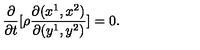
\frac { \partial } { \partial t } [ \rho \frac { \partial ( x ^ { 1 } , x ^ { 2 } ) } { \partial ( y ^ { 1 } , y ^ { 2 } ) } ] = 0 .